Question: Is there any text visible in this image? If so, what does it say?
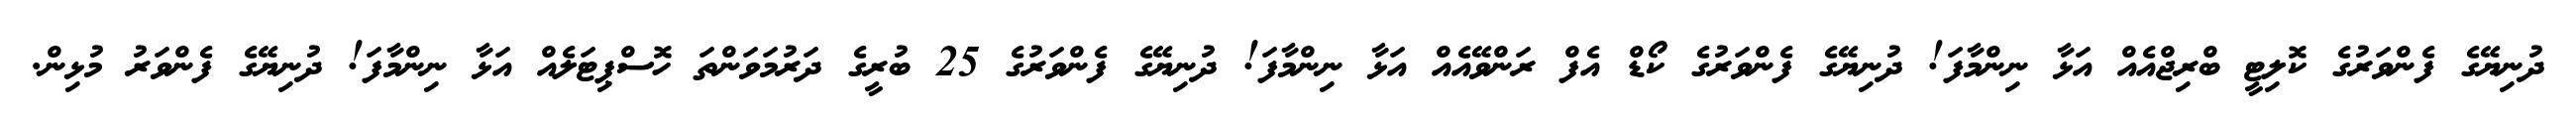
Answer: ދުނިޔޭގެ ފެންވަރުގެ ކޮލިޓީ ބްރިޖްއެއް އަޅާ ނިންމާފަ! ދުނިޔޭގެ ފެންވަރުގެ ކޯޑް އެފް ރަންވޭއެއް އަޅާ ނިންމާފަ! ދުނިޔޭގެ ފެންވަރުގެ 25 ބުރީގެ ދަރުމަވަންތަ ހޮސްޕިޓަލެއް އަޅާ ނިންމާފަ! ދުނިޔޭގެ ފެންވަރު މުޅިން.